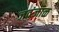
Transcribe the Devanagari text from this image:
जवंजाळ